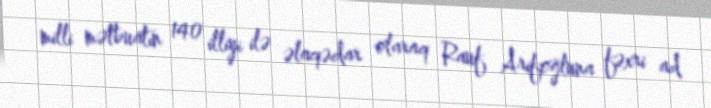
milli mətbuatın 140 illiyi ilə əlaqədar olaraq Rauf Arifoğluna fəxri ad